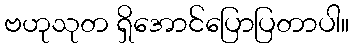
ဗဟုသုတ ရှိအောင်ပြောပြတာပါ။